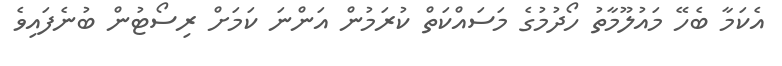
އެކަމާ ބެހޭ މައުލޫމާތު ހޯދުމުގެ މަސައްކަތް ކުރަމުން އަންނަ ކަމަށް ރިސޯޓުން ބުނެފައިވެ